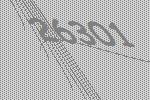
26301